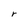
Character: r